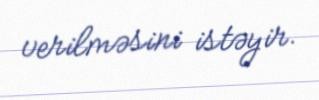
verilməsini istəyir.